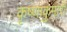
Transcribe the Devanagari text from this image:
कृष्णाकुमारी